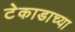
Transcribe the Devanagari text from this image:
टेकाडाच्या